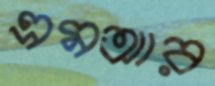
এমআর